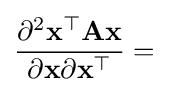
{\frac {\partial ^{2}\mathbf {x} ^{\top }\mathbf {A} \mathbf {x} }{\partial \mathbf {x} \partial \mathbf {x} ^{\top }}}=